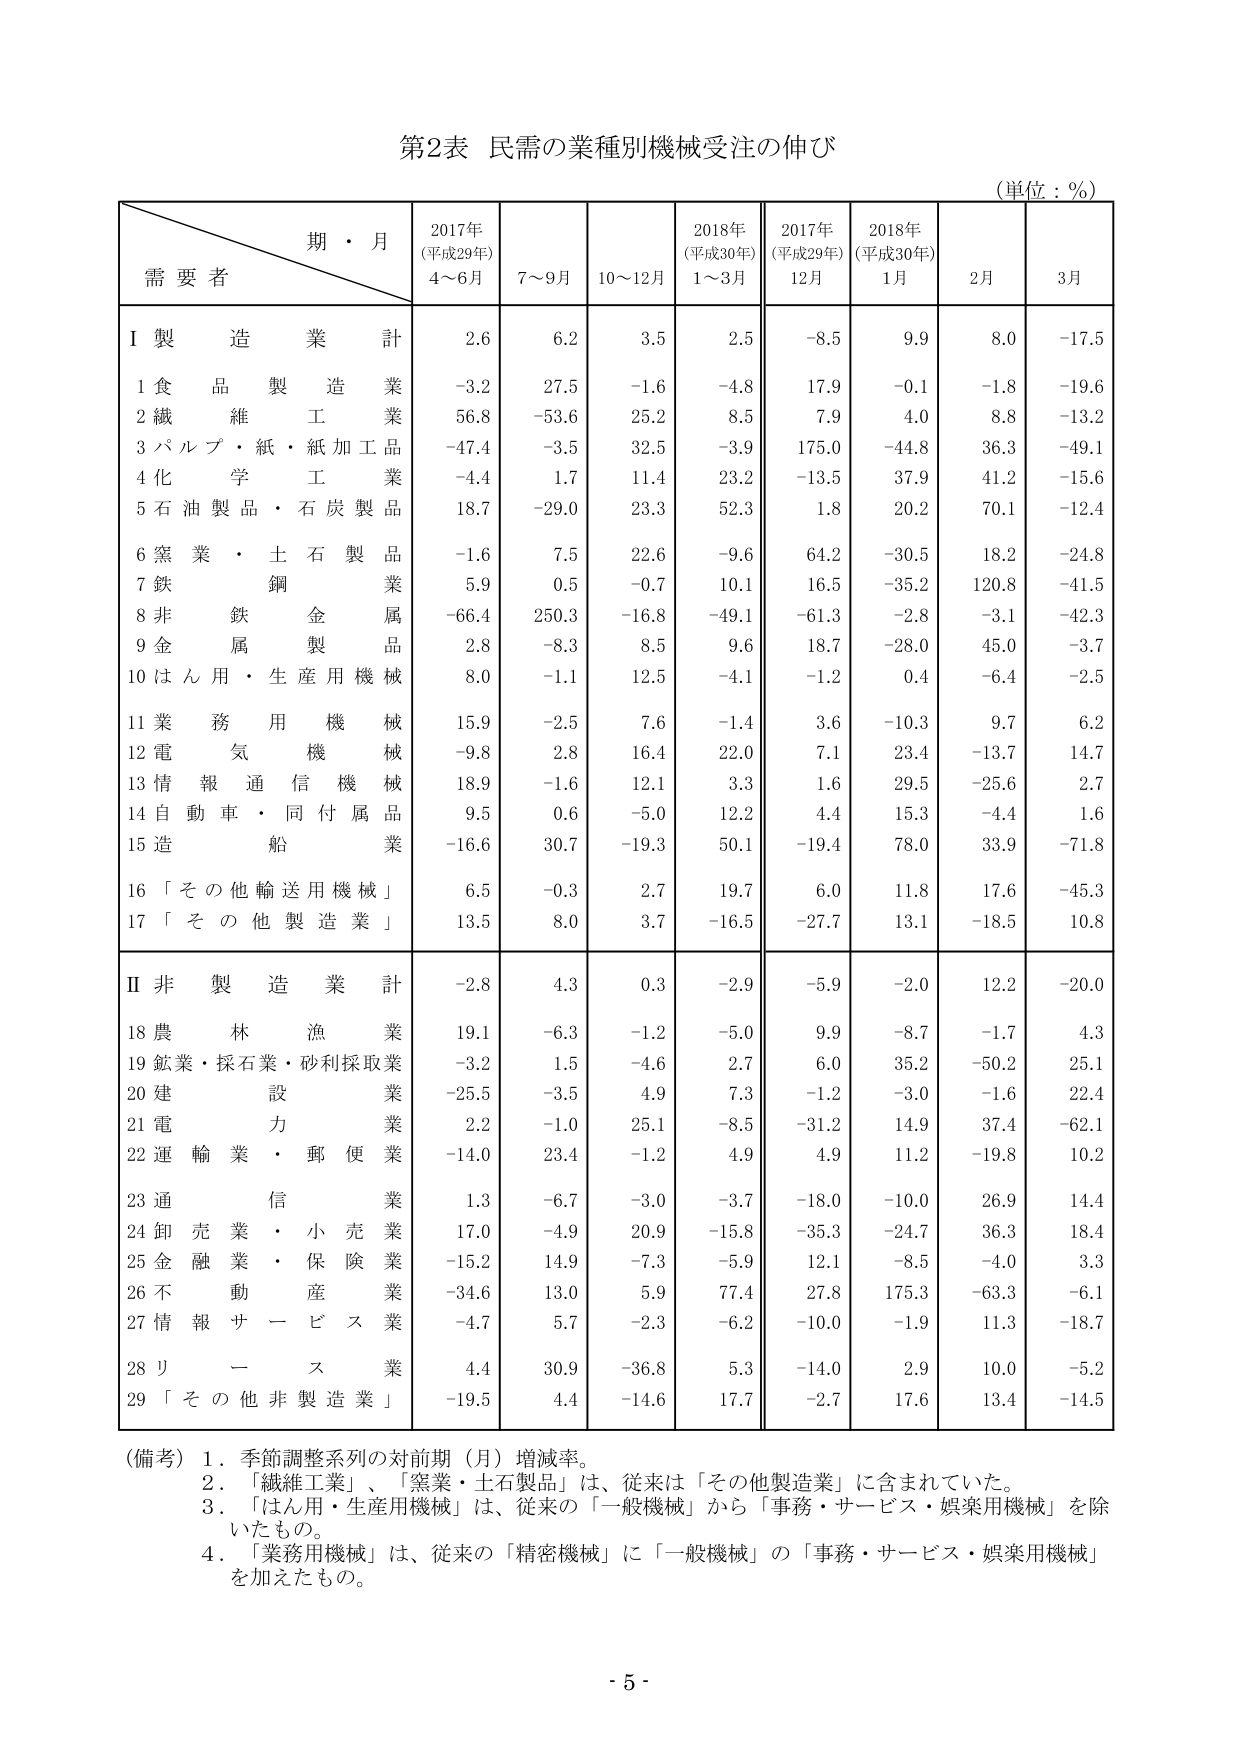
第2表 民需の業種別機械受注の伸び
(単位：％)

期・月
需要者
2017年
(平成29年)
4～6月
7～9月
10～12月
2018年
(平成30年)
1～3月
2017年
(平成29年)
12月
2018年
(平成30年)
1月
2月
3月

Ⅰ 製造業 計
2.6
6.2
3.5
2.5
-8.5
9.9
8.0
-17.5

1 食品製造業
-3.2
27.5
-1.6
-4.8
17.9
-0.1
-1.8
-19.6

2 繊維工業
56.8
-53.6
25.2
8.5
7.9
4.0
8.8
-13.2

3 パルプ・紙・紙加工品業
-47.4
-3.5
32.5
-3.9
175.0
-44.8
36.3
-49.1

4 化学工業
-4.4
1.7
11.4
23.2
-13.5
37.9
41.2
-15.6

5 石油製品・石炭製品業
18.7
-29.0
23.3
52.3
1.8
20.2
70.1
-12.4

6 窯業・土石製品業
-1.6
7.5
22.6
-9.6
64.2
-30.5
18.2
-24.8

7 鉄鋼業
5.9
0.5
-0.7
10.1
16.5
-35.2
120.8
-41.5

8 非鉄金属業
-66.4
250.3
-16.8
-49.1
-61.3
-2.8
-3.1
-42.3

9 金属製品業
2.8
-8.3
8.5
9.6
18.7
-28.0
45.0
-3.7

10 はん用・生産用機械
8.0
-1.1
12.5
-4.1
-1.2
0.4
-6.4
-2.5

11 業務用機械
15.9
-2.5
7.6
-1.4
3.6
-10.3
9.7
6.2

12 電気機械
-9.8
2.8
16.4
22.0
7.1
23.4
-13.7
14.7

13 情報通信機械
18.9
-1.6
12.1
3.3
1.6
29.5
-25.6
2.7

14 自動車・同付属品業
9.5
0.6
-5.0
12.2
4.4
15.3
-4.4
1.6

15 造船業
-16.6
30.7
-19.3
50.1
-19.4
78.0
33.9
-71.8

16 「その他輸送用機械」
6.5
-0.3
2.7
19.7
6.0
11.8
17.6
-45.3

17 「その他製造業」
13.5
8.0
3.7
-16.5
-27.7
13.1
-18.5
10.8

Ⅱ 非製造業 計
-2.8
4.3
0.3
-2.9
-5.9
-2.0
12.2
-20.0

18 農林漁業
19.1
-6.3
-1.2
-5.0
9.9
-8.7
-1.7
4.3

19 鉱業・採石業・砂利採取業
-3.2
1.5
-4.6
2.7
6.0
35.2
-50.2
25.1

20 建設業
-25.5
-3.5
4.9
7.3
-1.2
-3.0
-1.6
22.4

21 電力業
2.2
-1.0
25.1
-8.5
-31.2
14.9
37.4
-62.1

22 運輸業・郵便業
-14.0
23.4
-1.2
4.9
4.9
11.2
-19.8
10.2

23 通信業
1.3
-6.7
-3.0
-3.7
-18.0
-10.0
26.9
14.4

24 卸売業・小売業
17.0
-4.9
20.9
-15.8
-35.3
-24.7
36.3
18.4

25 金融業・保険業
-15.2
14.9
-7.3
-5.9
12.1
-8.5
-4.0
3.3

26 不動産業
-34.6
13.0
5.9
77.4
27.8
175.3
-63.3
-6.1

27 情報サービス業
-4.7
5.7
-2.3
-6.2
-10.0
-1.9
11.3
-18.7

28 リース業
4.4
30.9
-36.8
5.3
-14.0
2.9
10.0
-5.2

29 「その他非製造業」
-19.5
4.4
-14.6
17.7
-2.7
17.6
13.4
-14.5

（備考）1．季節調整系列の対前期（月）増減率。
　　　2．「繊維工業」、「窯業・土石製品」は、従来は「その他製造業」に含まれていた。
　　　3．「はん用・生産用機械」は、従来の「一般機械」から「事務・サービス・娯楽用機械」を除いたもの。
　　　4．「業務用機械」は、従来の「精密機械」に「一般機械」の「事務・サービス・娯楽用機械」を加えたもの。

- 5 -